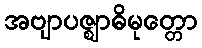
အဗျာပဇ္ဈာဓိမုတ္တော